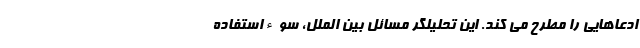
ادعاهایی را مطرح می کند. این تحلیلگر مسائل بین الملل، سوءاستفاده